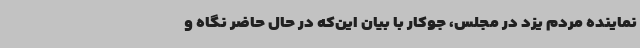
نماینده مردم یزد در مجلس، جوکار با بیان این‌که در حال حاضر نگاه و